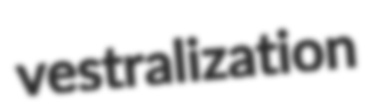
vestralization